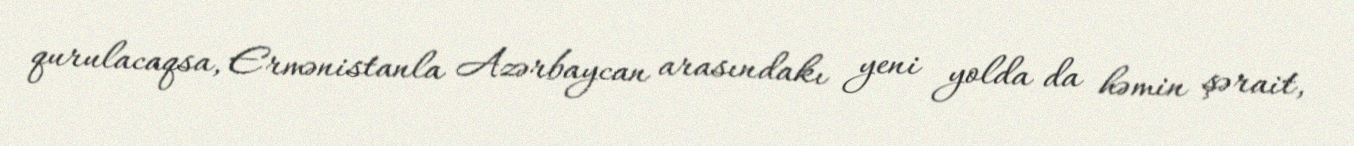
qurulacaqsa, Ermənistanla Azərbaycan arasındakı yeni yolda da həmin şərait,